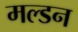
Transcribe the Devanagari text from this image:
मल्‍डन